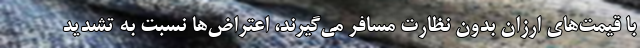
با قیمت‌های ارزان بدون نظارت مسافر می‌گیرند، اعتراض‌ها نسبت به تشدید